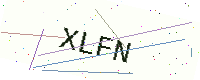
Text: XLFN